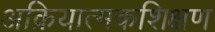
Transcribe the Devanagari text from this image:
अक्रियात्मकशिक्षण